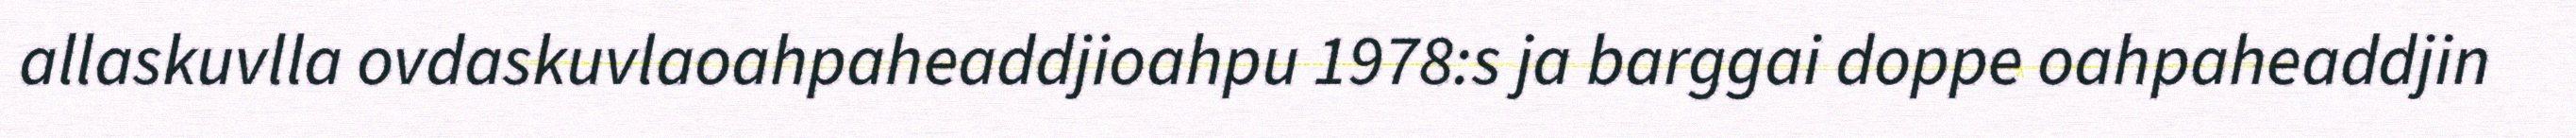
allaskuvlla ovdaskuvlaoahpaheaddjioahpu 1978:s ja barggai doppe oahpaheaddjin